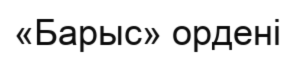
«Барыс» ордені